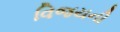
વિજયની